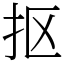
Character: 抠